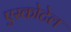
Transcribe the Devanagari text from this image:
एस्कोटेल